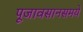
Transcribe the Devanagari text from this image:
पूजावसानसमये